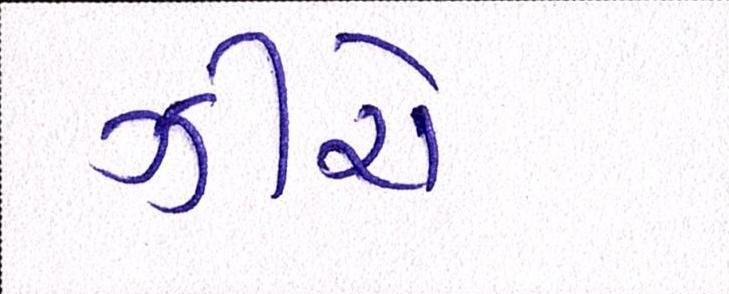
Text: ઝીરો